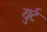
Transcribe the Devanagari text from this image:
युर्ट